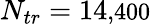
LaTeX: N_{tr}=14\small{,}400